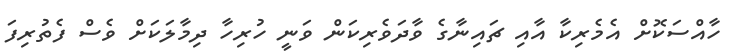
ހާއްސަކޮށް އެމެރިކާ އާއި ޗައިނާގެ ވާދަވެރިކަން ވަނީ ހުރިހާ ދިމާލަކަށް ވެސް ފެތުރިފަ